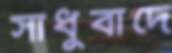
সাধুবাদে